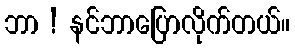
ဘာ ! နင်ဘာပြောလိုက်တယ်။